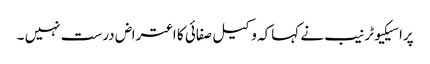
پراسیکیوٹر نیب نے کہاکہ وکیل صفائی کا اعتراض درست نہیں ۔